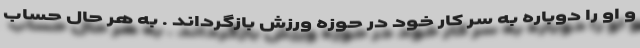
و او را دوباره به سر کار خود در حوزه ورزش بازگرداند . به هر حال حساب